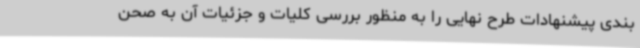
بندی پیشنهادات طرح نهایی را به منظور بررسی کلیات و جزئیات آن به صحن